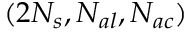
( 2 N _ { s } , N _ { a l } , N _ { a c } )